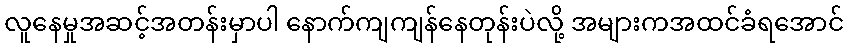
လူနေမှုအဆင့်အတန်းမှာပါ နောက်ကျကျန်နေတုန်းပဲလို့ အများကအထင်ခံရအောင်